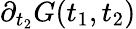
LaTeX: \partial_{t_{2}}G(t_{1},t_{2})